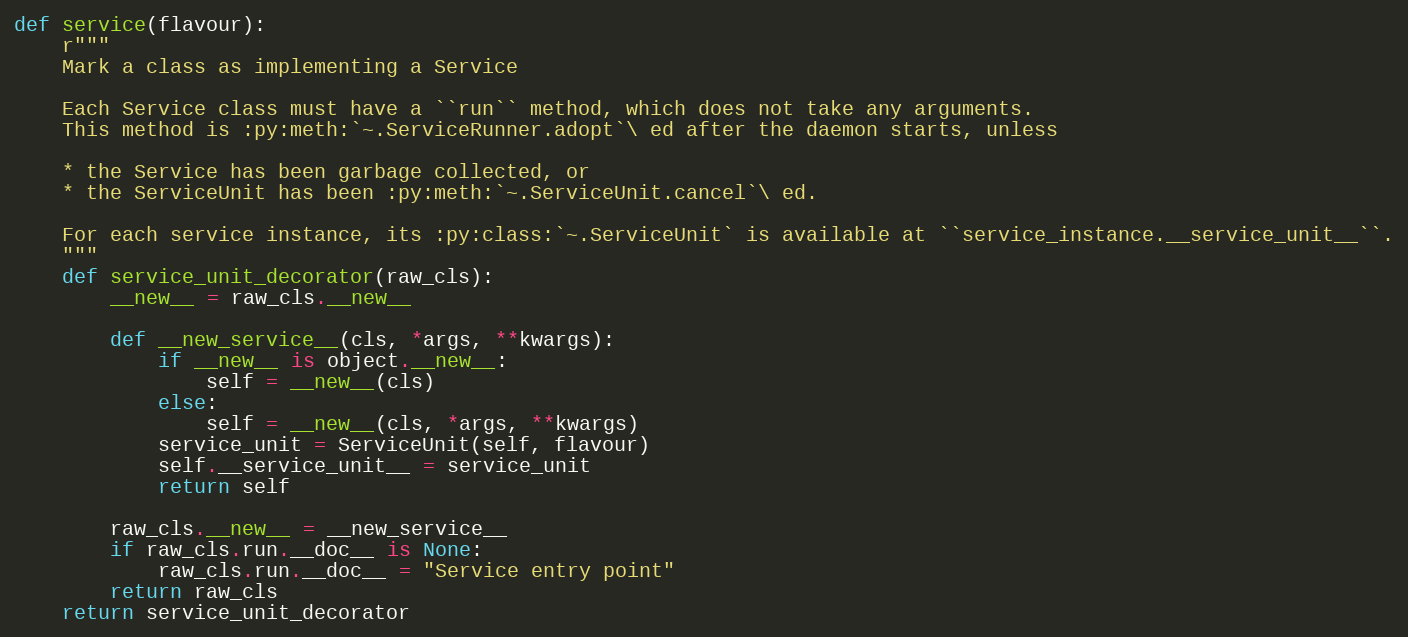
Language: Python
def service(flavour):
    r"""
    Mark a class as implementing a Service

    Each Service class must have a ``run`` method, which does not take any arguments.
    This method is :py:meth:`~.ServiceRunner.adopt`\ ed after the daemon starts, unless

    * the Service has been garbage collected, or
    * the ServiceUnit has been :py:meth:`~.ServiceUnit.cancel`\ ed.

    For each service instance, its :py:class:`~.ServiceUnit` is available at ``service_instance.__service_unit__``.
    """
    def service_unit_decorator(raw_cls):
        __new__ = raw_cls.__new__

        def __new_service__(cls, *args, **kwargs):
            if __new__ is object.__new__:
                self = __new__(cls)
            else:
                self = __new__(cls, *args, **kwargs)
            service_unit = ServiceUnit(self, flavour)
            self.__service_unit__ = service_unit
            return self

        raw_cls.__new__ = __new_service__
        if raw_cls.run.__doc__ is None:
            raw_cls.run.__doc__ = "Service entry point"
        return raw_cls
    return service_unit_decorator